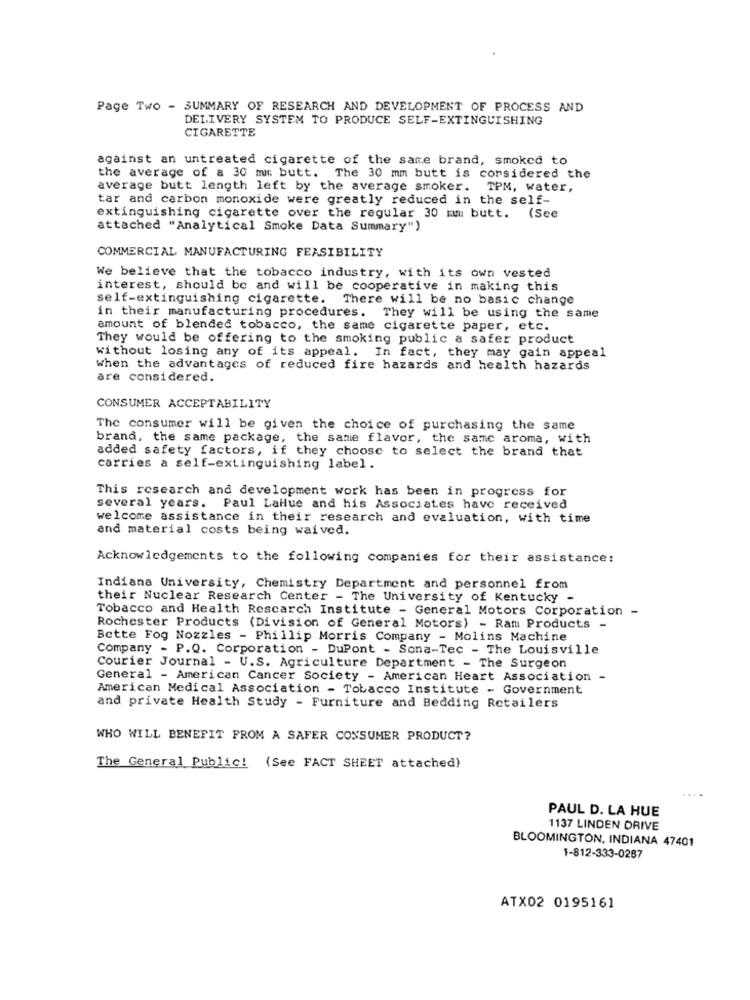
Page Two - SUMMARY OF RESEARCH AND DEVELOPMENT OF PROCESS AND
DELIVERY SYSTEM TO PRODUCE SELF-EXTINGUISHING
CIGARETTE
against an untreated cigarette of the same brand, smoked to
the average of a 30 mir butt. The 30 mm butt is considered the
average butt length left by the average smoker. TPM, water,
tar and carbon monoxide were greatly reduced in the self-
extinguishing cigarette over the regular 30 mm butt. (See
attached "Analytical Smoke Data Summary")
COMMERCIAL MANUFACTURING FEASIBILITY
We believe that the tobacco industry, with its own vested
interest, should be and will be cooperative in making this
self-extinguishing cigarette. There will be no basic change
in their manufacturing procedures. They will be using the same
amount of blended tobacco, the same cigarette paper, etc.
They would be offering to the smoking public a safer product
without losing any of its appeal. In fact, they may gain appeal
when the advantages of reduced fire hazards and health hazards
are considered.
CONSUMER ACCEPTABILITY
The consumer will be given the choice of purchasing the same
brand, the same package, the same flavor, the same aroma, with
added safety factors, if they choose to select the brand that
carries a self-extinguishing label.
This research and development work has been in progress for
several years. Paul LaHue and his Associates have received
welcome assistance in their research and evaluation, with time
and material costs being waived.
Acknowledgements to the following companies for their assistance:
Indiana University, Chemistry Department and personnel from
their Nuclear Research Center - The University of Kentucky -
Tobacco and Health Research Institute - General Motors Corporation
Rochester Products (Division of General Motors) - Ram Products -
Bette Fog Nozzles - Phillip Morris Company - Molins Machine
Company - P.Q. Corporation - DuPont - Sona-Tec - The Louisville
Courier Journal - U.S. Agriculture Department - The Surgeon
General - American Cancer Society - American Heart Association -
American Medical Association - Tobacco Institute - Government
and private Health Study - Furniture and Bedding Retailers
WHO WILL BENEFIT FROM A SAFER CONSUMER PRODUCT?
The General Public! (See FACT SHEET attached)
PAUL D. LA HUE
1137 LINDEN DRIVE
BLOOMINGTON, INDIANA 47401
1-812-333-0287
ATX02 0195161